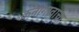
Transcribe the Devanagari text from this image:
कनागावाचा